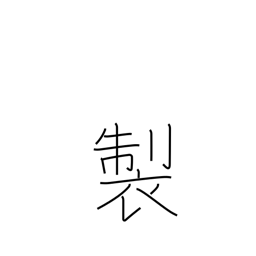
Meaning: manufacture